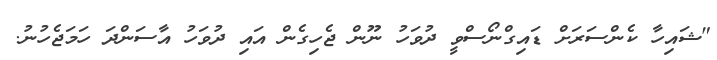
"ޝައިހާ ކެންސަރަށް ޑައިގްނޯސްވީ ދުވަހު ނޫން ޖެހިގެން އައި ދުވަހު އާސަންދަ ހަމަޖެހުނު.